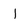
Character: l